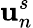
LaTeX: \mathbf{u}_{n}^{s}